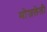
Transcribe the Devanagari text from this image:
मोजलेली